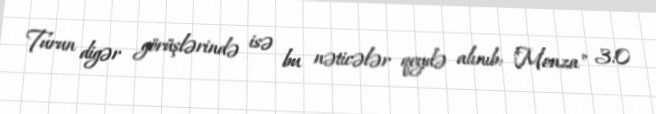
Turun digər görüşlərində isə bu nəticələr qeydə alınıb: "Monza" 3:0